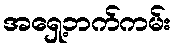
အရှေ့ဘက်ကမ်း